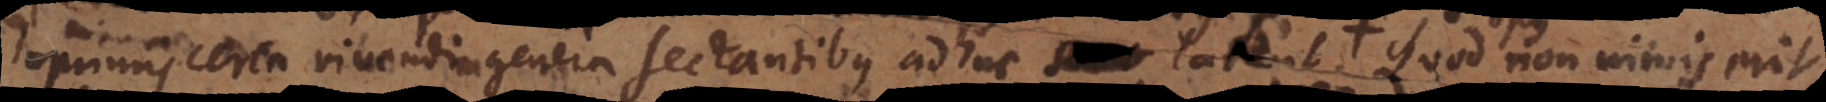
inprimis certa vivendi genera sectantibus adhuc sunt. Quod non nimis erit